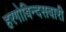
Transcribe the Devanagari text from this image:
हरगोबिन्दसवारी